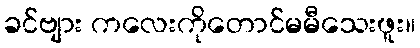
ခင်ဗျား ကလေးကိုတောင်မမီသေးဖူး။